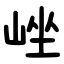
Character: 㟇